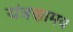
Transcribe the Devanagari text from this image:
यंत्रणामय